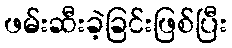
ဖမ်းဆီးခဲ့ခြင်းဖြစ်ပြီး